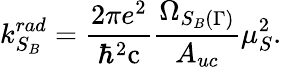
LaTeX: k_{S_{B}}^{rad}=\frac{2\pi e^{2}}{\hbar^{2}\mathrm{c}}\frac{\Omega_{S_{B}(\Gamma)}}{A_{uc}}\mu_{S}^{2}.